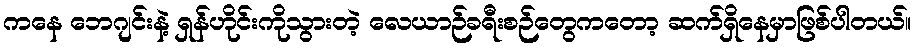
ကနေ ဘေဂျင်းနဲ့ ရှန်ဟိုင်းကိုသွားတဲ့ လေယာဉ်ခရီးစဉ်တွေကတော့ ဆက်ရှိနေမှာဖြစ်ပါတယ်။